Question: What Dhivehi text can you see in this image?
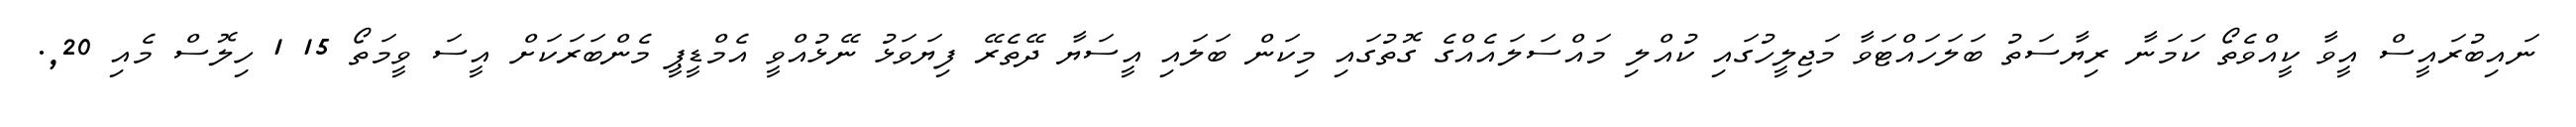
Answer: ނައިބުރައީސް އީވާ ކީއްވެތޯ ކަމަނާ ރިޔާސަތު ބަލަހައްޓަވާ މަޖިލީހުގައި ކުއްލި މައްސަލައެއްގެ ގޮތުގައި މިކަން ބަލައި އީސަޔާ ދޭތެރޭ ފިޔަވަޅު ނޭޅުއްވީ އެމްޑީޕީ މެންބަރަކަށް އީސަ ވީމަތޯ 15 1 ހިލޮސް މެއި 20,.